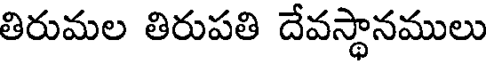
తిరుమల తిరుపతి దేవస్థానములు